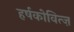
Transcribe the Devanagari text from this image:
हर्षकोवित्ज़